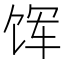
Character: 𫗥